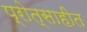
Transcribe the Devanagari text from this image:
प्रोत्साहीत